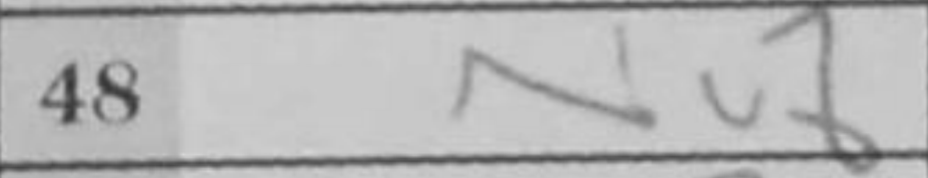
Transcription: Nc8